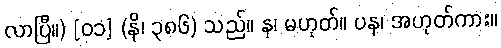
လာပြီ။) [၀၁] (နိ၊ ၃၈၆) သည်။ န၊ မဟုတ်။ ပန၊ အဟုတ်ကား။